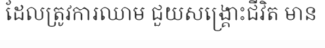
ដែលត្រូវការឈាម ជួយសង្គ្រោះជីវិត មាន